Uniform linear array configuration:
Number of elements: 32
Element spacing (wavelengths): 0.5
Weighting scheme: hann
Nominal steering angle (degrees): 45
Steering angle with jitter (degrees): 43.192
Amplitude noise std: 0.05
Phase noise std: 0.05

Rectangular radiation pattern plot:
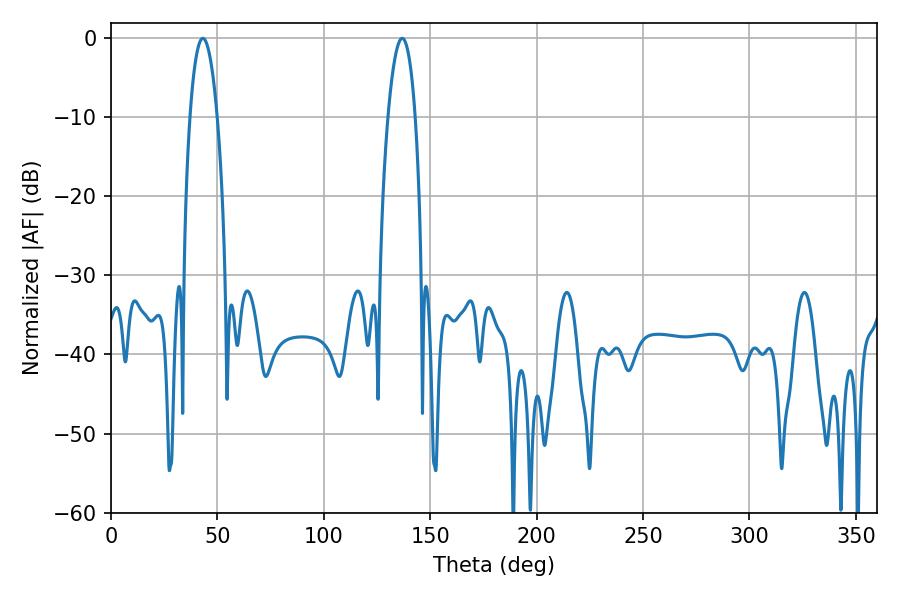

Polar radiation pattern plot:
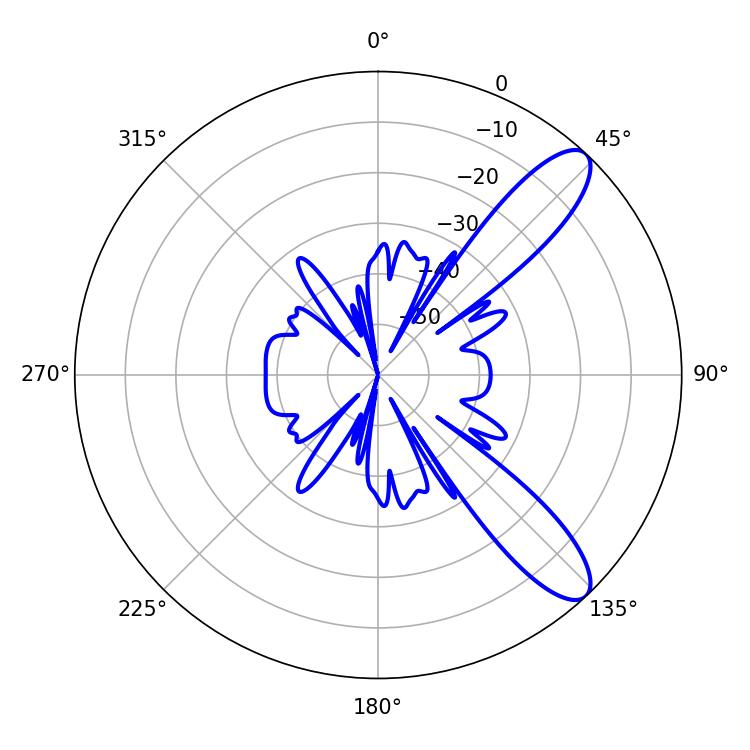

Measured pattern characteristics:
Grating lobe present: FALSE
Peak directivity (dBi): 10.395
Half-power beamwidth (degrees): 7.02
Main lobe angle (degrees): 136.8